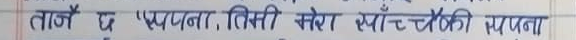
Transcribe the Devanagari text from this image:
तजै छ ष्प्पना, तिसी केरा प्लोच्चेफि मयप्ना